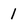
Character: 1